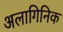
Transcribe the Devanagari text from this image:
अलागिनिक